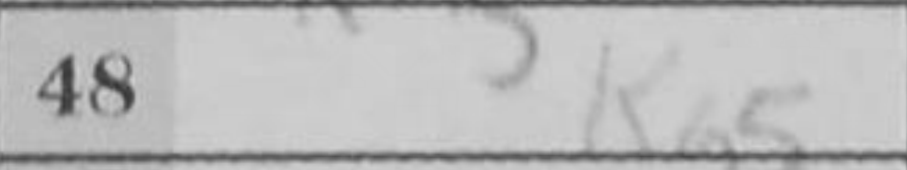
Transcription: Kg5